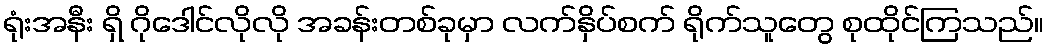
ရုံးအနီး ရှိ ဂိုဒေါင်လိုလို အခန်းတစ်ခုမှာ လက်နှိပ်စက် ရိုက်သူတွေ စုထိုင်ကြသည်။